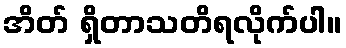
အိတ် ရှိတာသတိရလိုက်ပါ။